Report on vaccination in the Province of Bengal - 1874-1889
Year: 1874
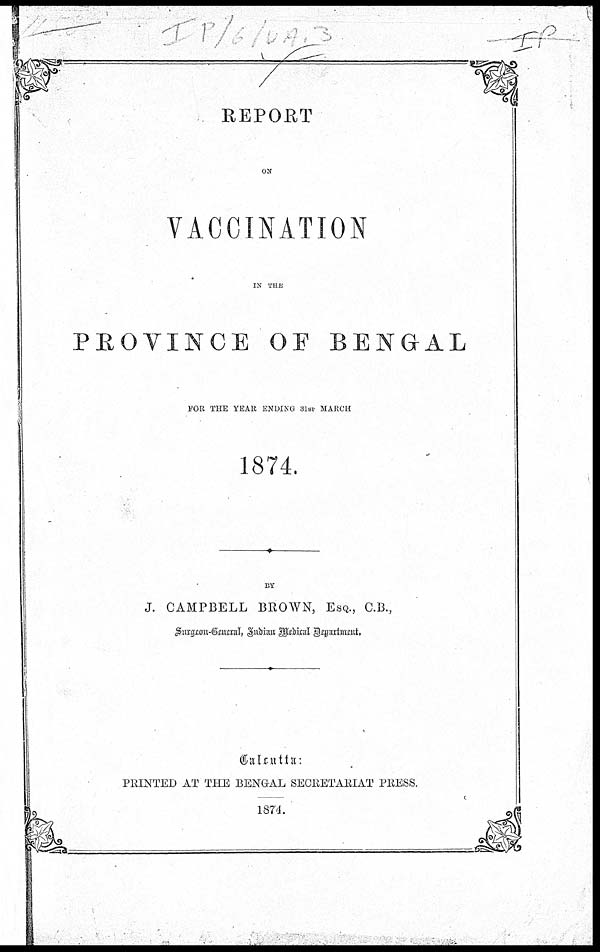
REPORT
ON
VACCINATION
IN THE
PROVINCE OF BENGAL
FOR THE YEAR ENDING 31ST MARCH
1874.
BY
J. CAMPBELL BROWN, ESQ., C.B.,
Surgeon-General, Indian Medical Department.
Calcutta:
PRINTED AT THE BENGAL SECRETARIAT PRESS.
1874.